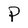
Character: P